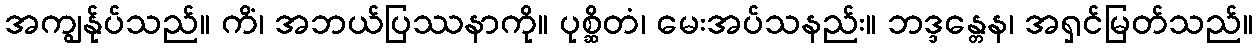
အကျွန်ုပ်သည်။ ကိံ၊ အဘယ်ပြဿနာကို။ ပုစ္ဆိတံ၊ မေးအပ်သနည်း။ ဘဒ္ဒန္တေန၊ အရှင်မြတ်သည်။